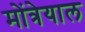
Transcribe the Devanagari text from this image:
मोंत्रेयाल